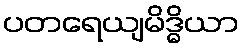
ပတရေယျမိဒ္ဓိယာ